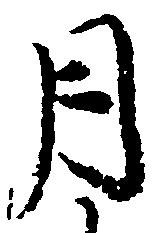
月